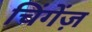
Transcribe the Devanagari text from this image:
चिंगेंज़